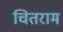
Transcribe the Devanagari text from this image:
चितराम